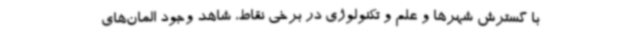
با گسترش شهرها و علم و تکنولوژی در برخی نقاط، شاهد وجود المان‌های